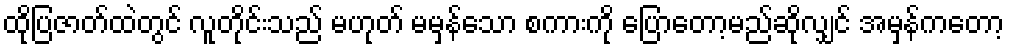
ထိုပြဇာတ်ထဲတွင် လူတိုင်းသည် မဟုတ် မမှန်သော စကားကို ပြောတော့မည်ဆိုလျှင် အမှန်ကတော့